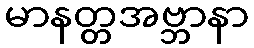
မာနတ္တအဗ္ဘာနာ